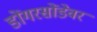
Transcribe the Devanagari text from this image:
डोंगरसोंडेवर